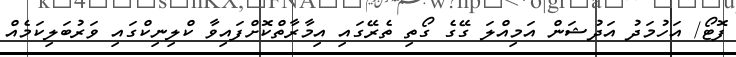
ފޮޓޯ/ އަހުމަދު އަދުޝަން އަމިއްލަ ގޭގެ ގޯތި ތެރޭގައި އިމާރާތްކޮށްފައިވާ ކްލިނިކްގައި ވަރުބަލިކަމެއް